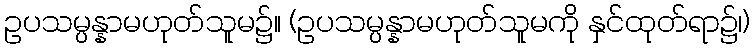
ဥပသမ္ပန္နာမဟုတ်သူမ၌။ (ဥပသမ္ပန္နာမဟုတ်သူမကို နှင်ထုတ်ရာ၌၊)